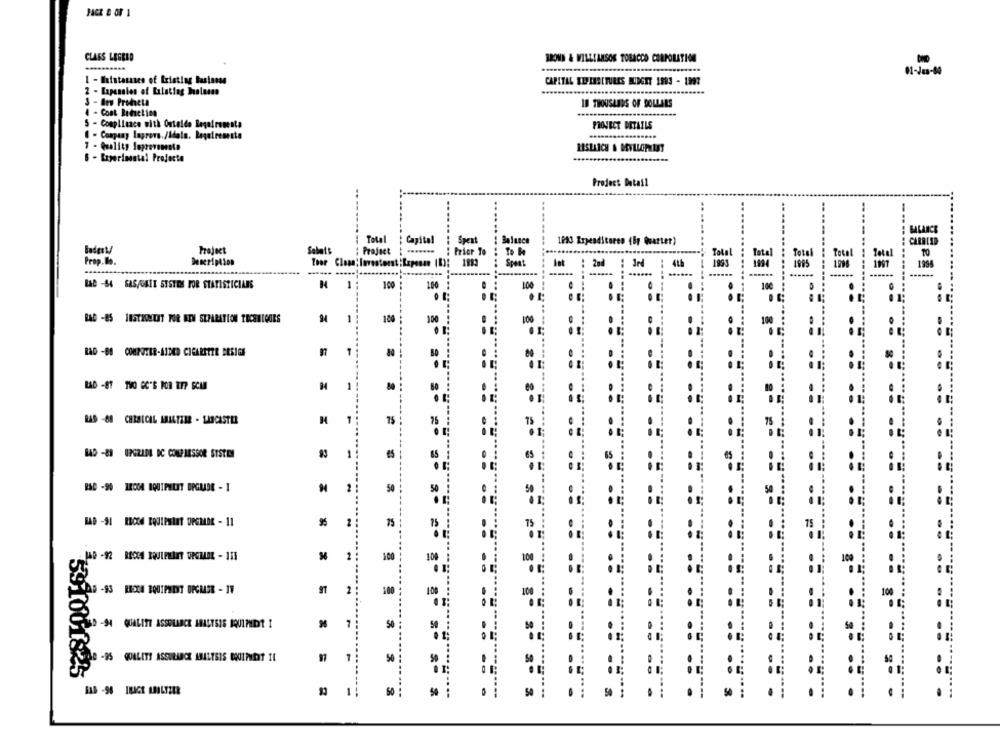
PACK & OF 1
CLASS LEGELD
BROND & WILLIAMSOS TOBACCO CORPORATION
----
1 - Bistasases of Existing business
CAPITAL YUPIIRETURES BUDGET 1883 - 1997
2 - Expansion of Lalating balasso
3 - dev Profeta
18 THOUSANDS OF DOLLARS
Cont Butaction
- Complinace with Outelde Legeironesta
PROJECT DETAILS
. Company Ingrors./Sdala. Bagetreseste
- Quality logrovemento
RESEARCH & DEVELOPLUST
6 - Experimental Projecto
Project Detail
BALANCE
Total
; Capital : Spent
: Balance
1993 Expenditureo (By Quarter)
CARBLID
Project
Sabats
Project : -......
: Prior To
: To Me
Total
Total
Total
Total
TO
Prop.Ilo.
Description
: 2nd
:3rd
1993
1994
Sport
1995
1996
.......
------
------
------
BAD -64 SAS/UNIX SYSTEM FOR STATISTICIANS
H
1
100
100
100
..
RAD -BS INSTRUMENT FOR BTW SEPARATION TECHNICORS
-
100
100
..
RAD -BI COMPUTER-AIDED CIGARETTE DESIGN
.-
1
RAS -68 CHTELCAL ARILTZER - LANCASTER
1
75
14D -29 UPGRADE DC COMPRESSOR SYSTEM
1
65
== ==
BSD -90 IRODA BQUIPELET OPGUIDE - 1
50
1
15
1
100
100
10
DG -93 RESCA EQUIPMENT UPCMER - IF
2
100
100
100
D -94 QUALITY ASSOLARCE ARASTSIS BOULMIDT I
1
50
0 -95 QUALITY ASSURANCE ANALYSIS BOUIMMORT IL
7
50
......
.....
BAB -96 IMAGE ABALTZER
1
50
50
...
= ======